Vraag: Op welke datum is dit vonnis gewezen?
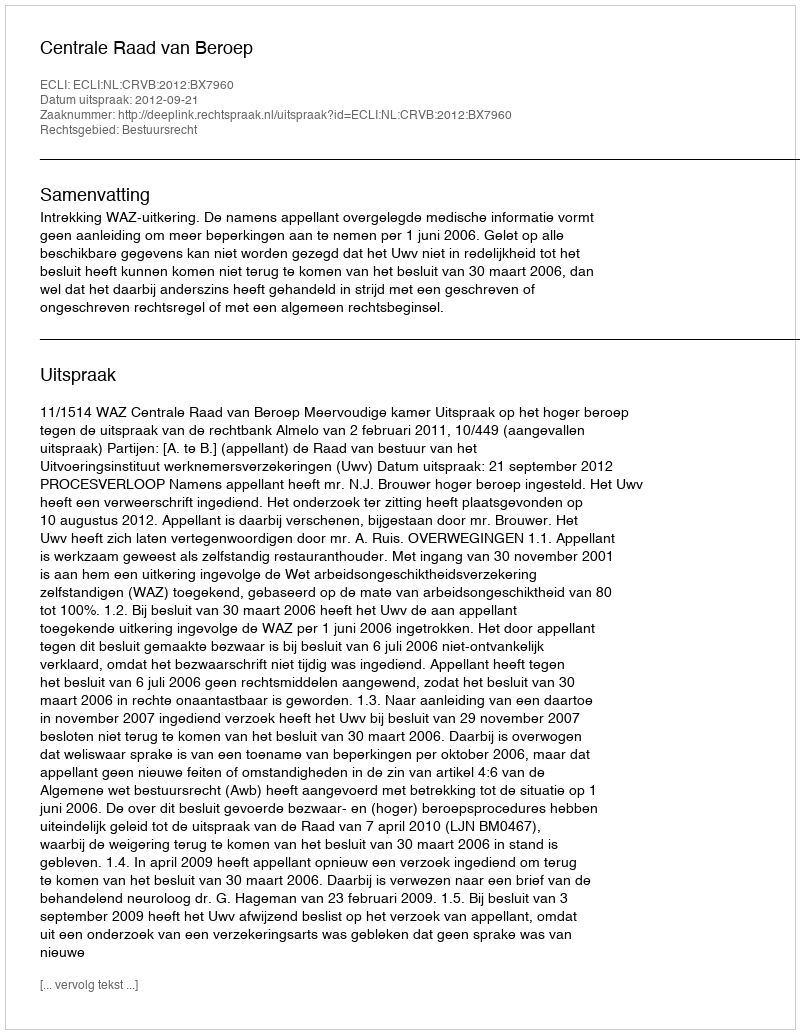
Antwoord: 2012-09-21